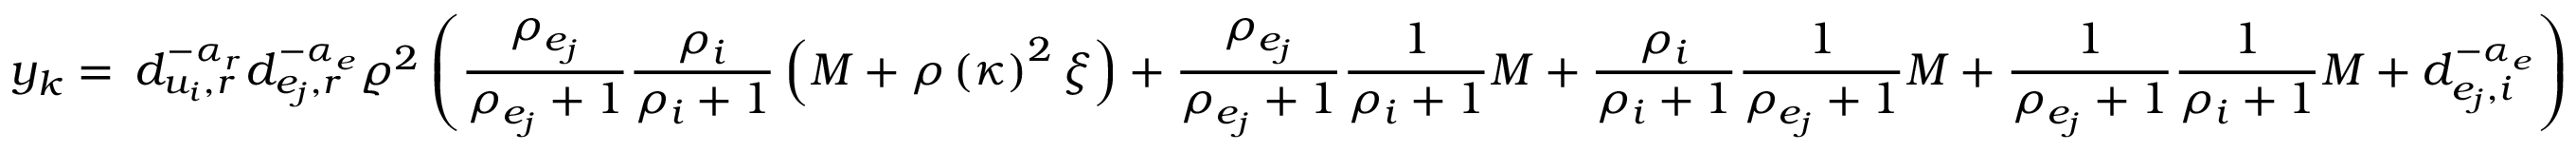
y _ { k } = \, d _ { u _ { i } , r } ^ { - \alpha _ { r } } d _ { e _ { j } , r } ^ { - \alpha _ { e } } \varrho ^ { 2 } \left( \frac { \rho _ { e _ { j } } } { \rho _ { e _ { j } } + 1 } \frac { \rho _ { i } } { \rho _ { i } + 1 } \left( M + \rho \left( \kappa \right) ^ { 2 } \xi \right) + \frac { \rho _ { e _ { j } } } { \rho _ { e _ { j } } + 1 } \frac { 1 } { \rho _ { i } + 1 } M + \frac { \rho _ { i } } { \rho _ { i } + 1 } \frac { 1 } { \rho _ { e _ { j } } + 1 } M + \frac { 1 } { \rho _ { e _ { j } } + 1 } \frac { 1 } { \rho _ { i } + 1 } M + d _ { e _ { j } , i } ^ { - \alpha _ { e } } \right)